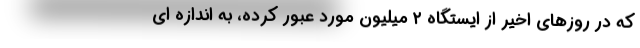
که در روزهای اخیر از ایستگاه ۲ میلیون مورد عبور کرده، به اندازه ای